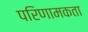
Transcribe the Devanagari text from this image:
परिणामकता